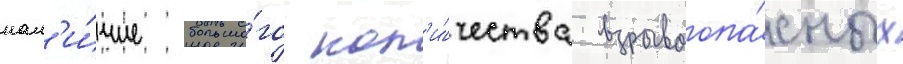
нал'и́чие большо́го кол'и́чества взрывоопа́сных